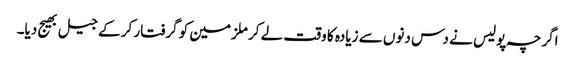
اگرچہ پولیس نے دس دنوں سے زیادہ کا وقت لے کر ملزمین کو گرفتار کر کے جیل بھیج دیا۔